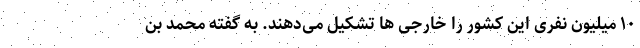
۱۰ میلیون نفری این کشور را خارجی‌ ها تشکیل می‌دهند. به گفته محمد بن